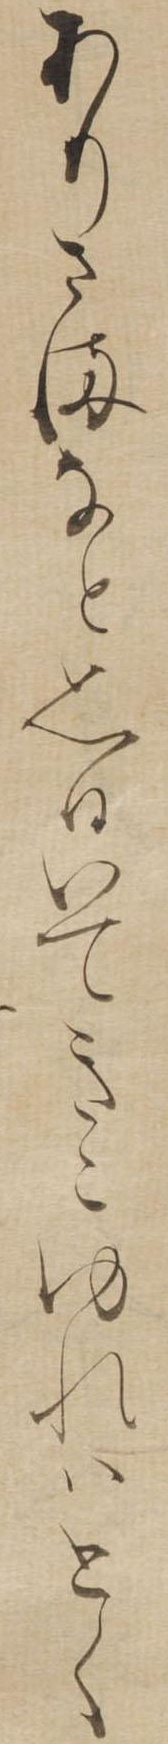
ありさまなと思ひいてきこゆれはとく